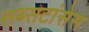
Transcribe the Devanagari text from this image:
सब्सटांसेस